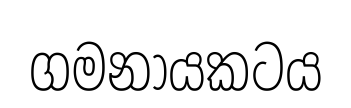
ගමනායකටය